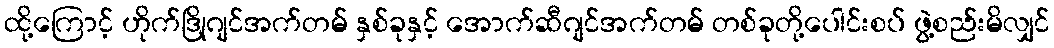
ထို့ကြောင့် ဟိုက်ဒြိုဂျင်အက်တမ် နှစ်ခုနှင့် အောက်ဆီဂျင်အက်တမ် တစ်ခုတို့ပေါင်းစပ် ဖွဲ့စည်းမိလျှင်